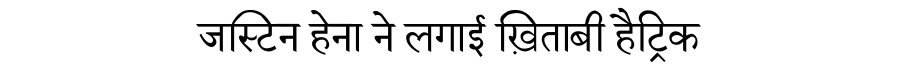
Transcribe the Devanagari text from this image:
जस्टिन हेना ने लगाई ख़िताबी हैट्रिक